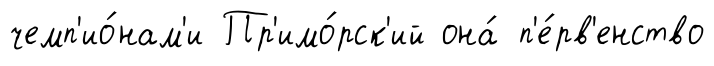
чемп'ио́нам'и Пр'имо́рск'ий она́ п'е́рв'енство